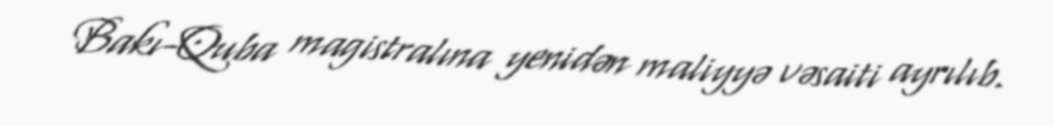
Bakı-Quba magistralına yenidən maliyyə vəsaiti ayrılıb.